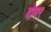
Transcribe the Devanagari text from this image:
दोमर